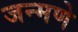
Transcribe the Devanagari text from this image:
जन्मणे